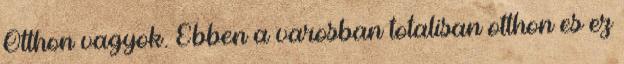
Otthon vagyok. Ebben a varosban totalisan otthon es ez